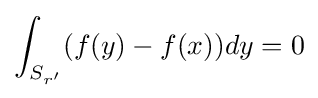
\int _{S_{r'}}(f(y)-f(x))dy=0